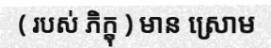
( របស់ ភិក្ខុ ) មាន ស្រោម